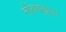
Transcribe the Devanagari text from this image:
नोंवास्कुलर